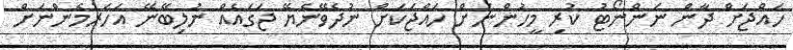
ހައްޖަށް ދާން ނަންނޯޓު ކުރި މީހުންނަށް ހައްޖަކަށް ނުދެވޭނެޔޭ ޖަގައެއް ނުލިބޭނޭ އަހަރުމެންނަށް